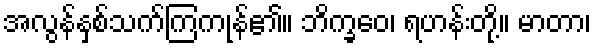
အလွန်နှစ်သက်ကြကုန်၏။ ဘိက္ခဝေ၊ ရဟန်းတို့။ မာတာ၊